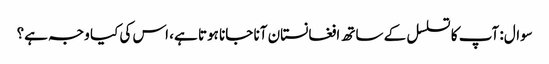
سوال: آپ کا تسلسل کے ساتھ افغانستان آنا جانا ہوتا ہے، اس کی کیا وجہ ہے؟